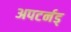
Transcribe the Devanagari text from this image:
अपटर्नड्